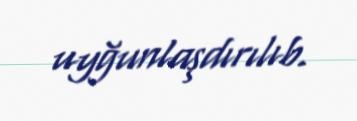
uyğunlaşdırılıb.